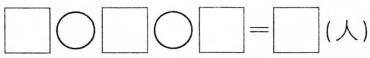
$$\Box \bigcirc \Box \bigcirc \Box = \Box$$（人）